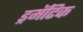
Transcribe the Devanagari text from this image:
ड्रमॅटिक